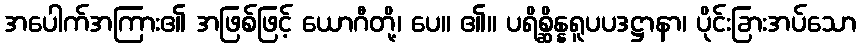
အပေါက်အကြား၏ အဖြစ်ဖြင့် ယောဂီတို့၊ ပေ။ ၏။ ပရိစ္ဆိန္နရူပပဒဋ္ဌာနာ၊ ပိုင်းခြားအပ်သော